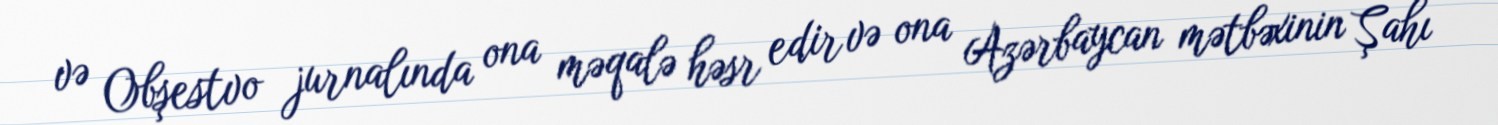
və Obşestvo jurnalında ona məqalə həsr edir və ona Azərbaycan mətbəxinin Şahı